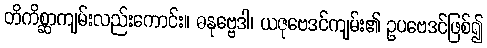
တိကိစ္ဆာကျမ်းလည်းကောင်း။ ဓနုဗ္ဗေဒါ၊ ယဇုဗေဒင်ကျမ်း၏ ဥပဗေဒင်ဖြစ်၍